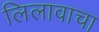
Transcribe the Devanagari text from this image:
लिलावाचा